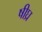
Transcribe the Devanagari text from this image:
षीघ्र